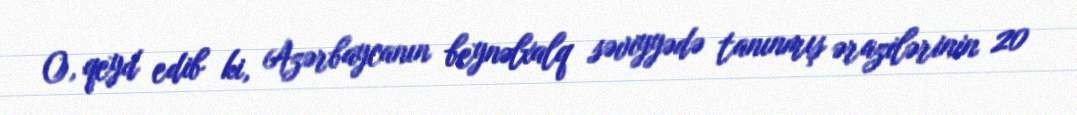
O, qeyd edib ki, Azərbaycanın beynəlxalq səviyyədə tanınmış ərazilərinin 20